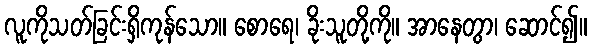
လူကိုသတ်ခြင်းရှိကုန်သော။ စောရေ၊ ခိုးသူတို့ကို။ အာနေတွာ၊ ဆောင်၍။